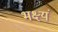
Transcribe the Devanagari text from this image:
भक्ष्यं